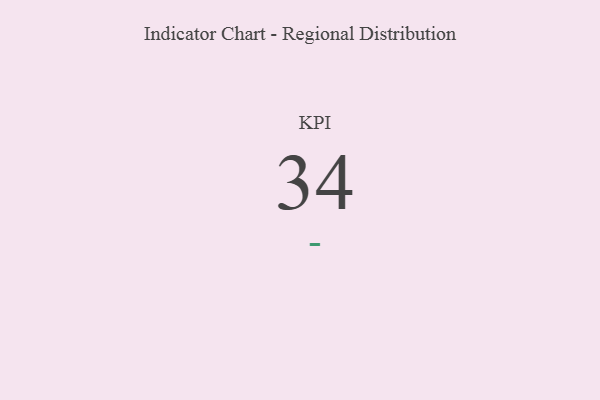
{"axis": {"x": "KPI", "y": "Value"}, "legend": [""], "data": [{"x": "KPI", "y": 34, "type": ""}]}